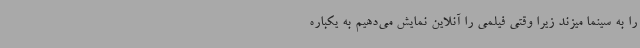
را به سینما میزند زیرا وقتی فیلمی را آنلاین نمایش می‌دهیم به یکباره